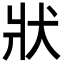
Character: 狀